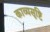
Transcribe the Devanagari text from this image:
काव्यसृष्टि